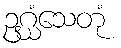
ဥဂ္ဃံသေတုံ